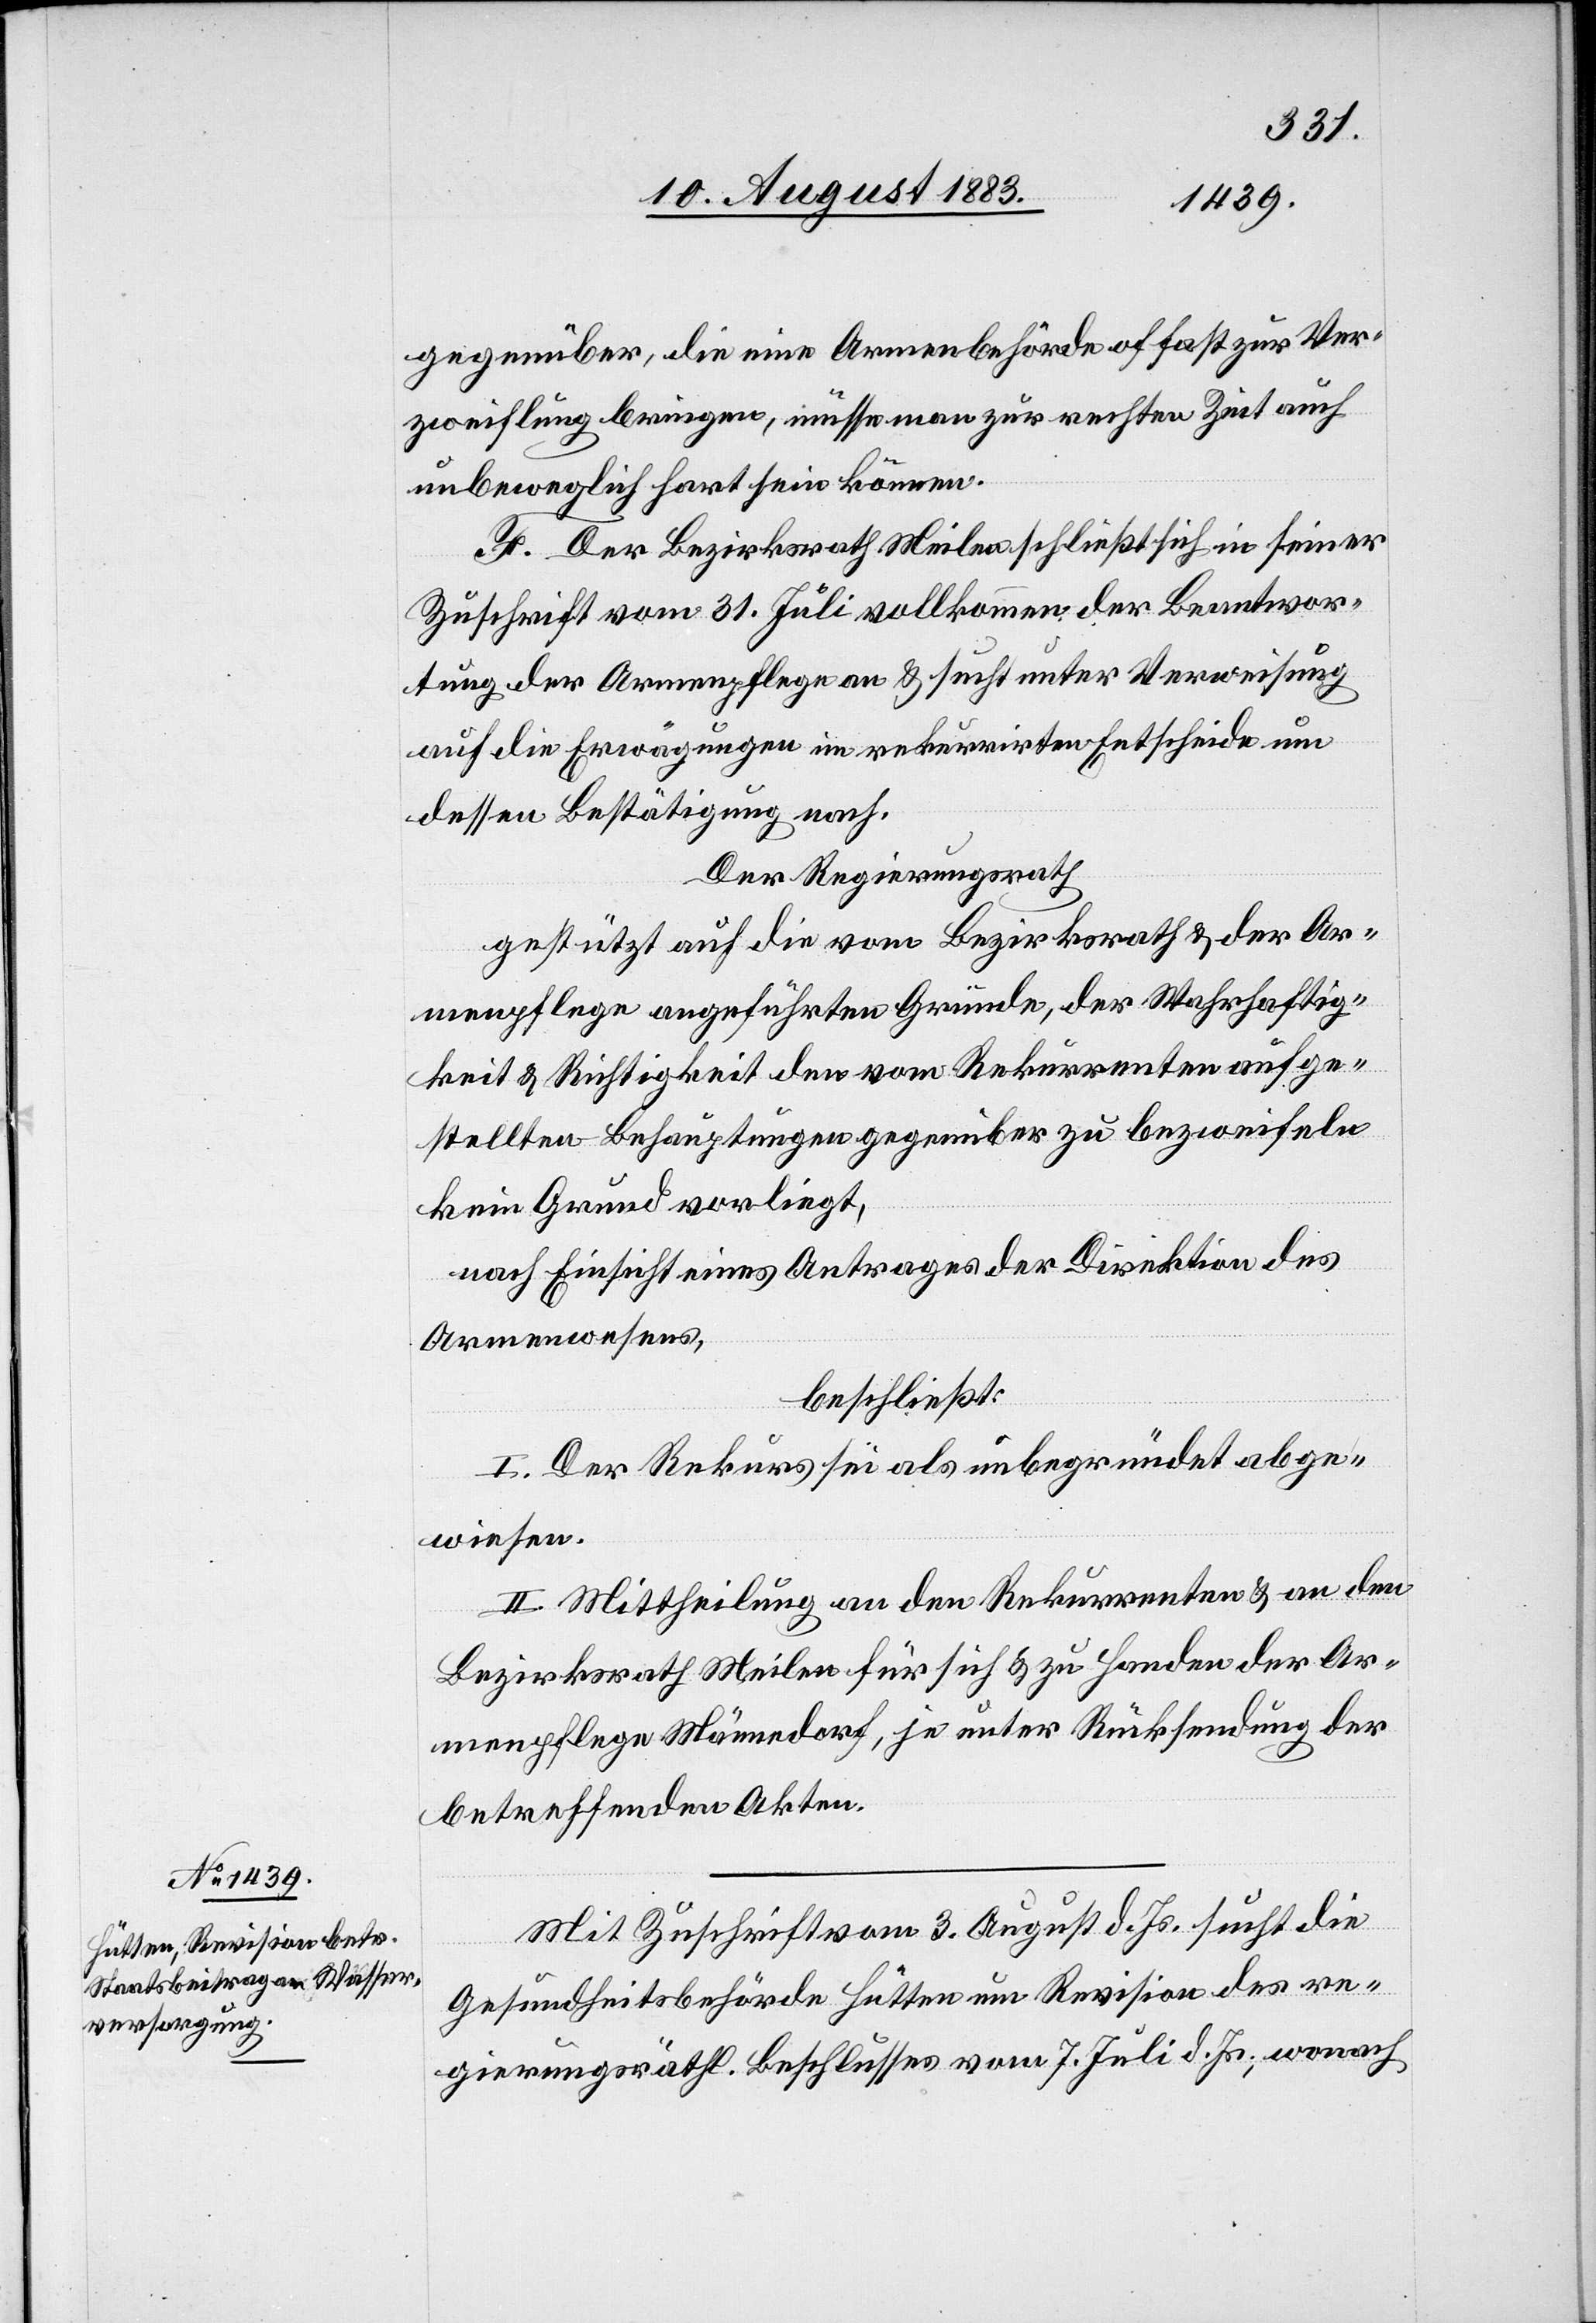
gegenüber, die eine Armenbehörde of[t] fast zur Ver¬
zweiflung bringen, müsse man zur rechten Zeit auch
unbeweglich hart sein können.
F. Der Bezirksrath Meilen schließt sich in seiner
Zuschrift vom 31. Juli vollkommen der Beantwor¬
tung der Armenpflege an & sucht unter Verweisung
auf die Erwägungen im rekurrirten Entscheide um
dessen Bestätigung nach.
Der Regierungsrath,
gestützt auf die vom Bezirksrath & der Ar¬
menpflege angeführten Gründe, der Wehrhaftig¬
keit & Richtigkeit den vom Rekurrenten aufge¬
stellten Behauptungen gegenüber zu bezweifeln
kein Grund vorliegt,
nach Einsicht eines Antrages der Direktion des
Armenwesens,
beschließt:
I. Der Rekurs sei als unbegründet abge¬
wiesen.
II. Mittheilung an den Rekurrenten & an den
Bezirksrath Meilen für sich & zu Handen der Ar¬
menpflege Männedorf, je unter Rücksendung der
betreffenden Akten.
Mit Zuschrift vom 3. August d. Js. sucht die
Gesundheitsbehörde Hütten um Revision des re¬
gierungsräthl. Beschlusses vom 7. Juli d. Js., wonach